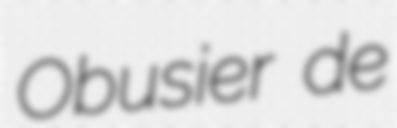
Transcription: Obusier de